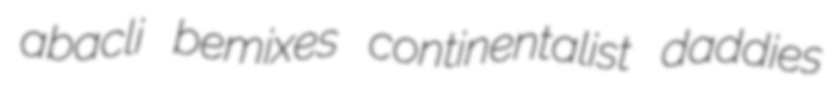
abacli bemixes continentalist daddies